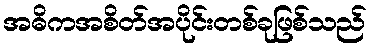
အဓိကအစိတ်အပိုင်းတစ်ခုဖြစ်သည်